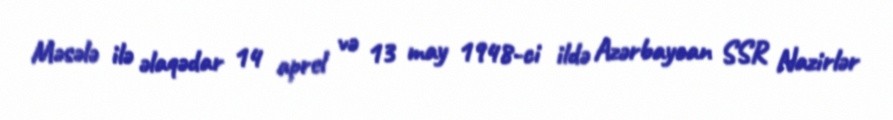
Məsələ ilə əlaqədar 14 aprel və 13 may 1948-ci ildə Azərbaycan SSR Nazirlər